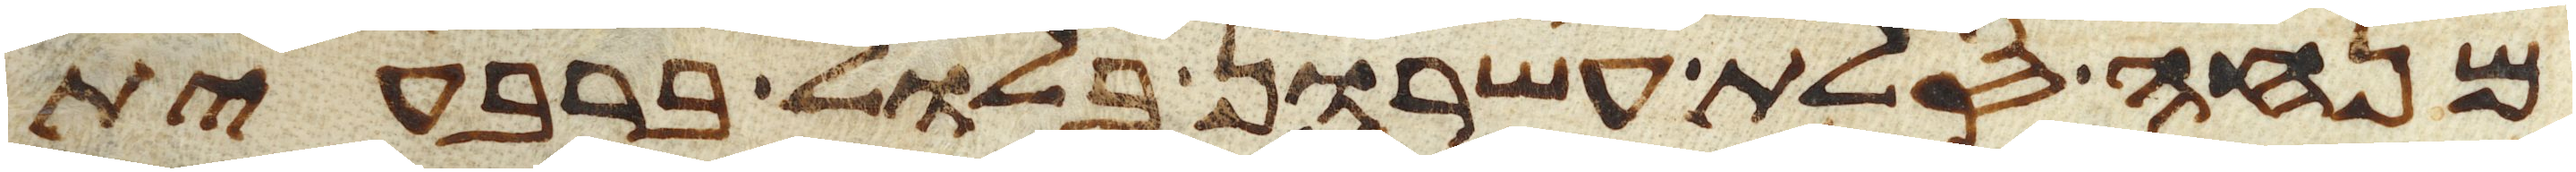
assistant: מנחה סלת עשרון בלול ברבעית